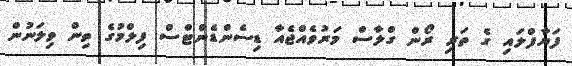
ފަޔާފްލައި ގެ ތަރި ރޯން ގްލާސް މަރުވެއްޖެއާ ޑިސެންޑެންޓްސް ފިލްމުގެ ތިން ވިލަނުން